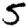
Digit: 5